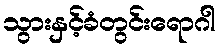
သွားနှင့်ခံတွင်းရောဂါ